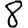
Digit: 8